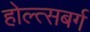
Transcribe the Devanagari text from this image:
होल्त्सबर्ग